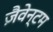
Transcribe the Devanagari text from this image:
ज़ैवेन्टम